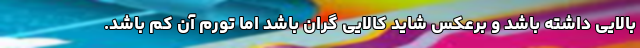
بالایی داشته باشد و برعکس شاید کالایی گران باشد اما تورم آن کم باشد.